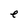
Character: e